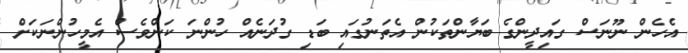
އެހެން ނޫނަސް ގައިދީންގެ ބަޔާންތަކުން އެތަނުގައި ބަޑި ގުދަނެއް ހުންނަ ކަންވެސް އެމީހުންނަކަށް